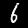
Label: 6